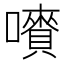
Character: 𡃄